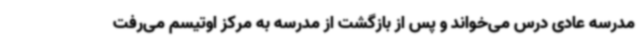
مدرسه عادی درس می‌خواند و پس از بازگشت از مدرسه به مرکز اوتیسم می‌رفت